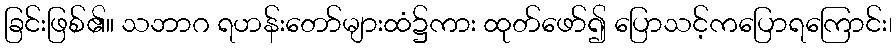
ခြင်းဖြစ်၏။ သဘာဂ ရဟန်းတော်များထံ၌ကား ထုတ်ဖော်၍ ပြောသင့်ကပြောရကြောင်း၊